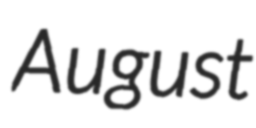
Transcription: August